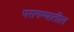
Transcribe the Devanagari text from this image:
परागण्यातील